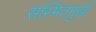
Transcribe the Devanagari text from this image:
सस्मितमुखी